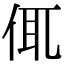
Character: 㑙